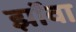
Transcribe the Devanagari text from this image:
झॉवा